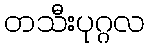
တသီးပုဂ္ဂလ